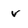
Character: v